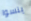
ينسوا